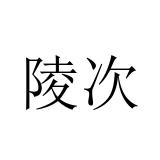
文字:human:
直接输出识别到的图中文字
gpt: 陵次